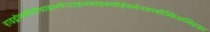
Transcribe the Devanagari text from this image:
हाइड्रोक्सीमीथाइलपेन्टाइलसाइक्लोहेक्सेनकार्बोक्सिअल्डिहाइड